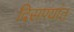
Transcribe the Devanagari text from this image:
दिसण्यांत